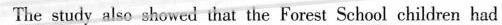
The study aiso showed that the Forest School children had